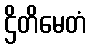
ဌိတိမေတံ